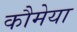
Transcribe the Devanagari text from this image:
कौमेया